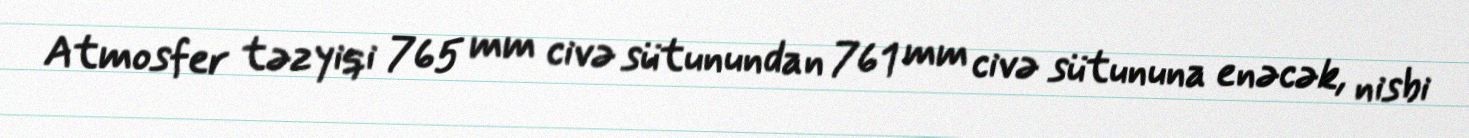
Atmosfer təzyiqi 765 mm civə sütunundan 761 mm civə sütununa enəcək, nisbi